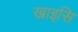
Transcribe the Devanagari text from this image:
खाइसि